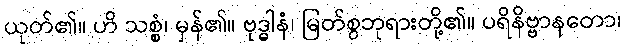
ယုတ်၏။ ဟိ သစ္စံ၊ မှန်၏။ ဗုဒ္ဓါနံ၊ မြတ်စွဘုရားတို့၏။ ပရိနိဗ္ဗာနတော၊